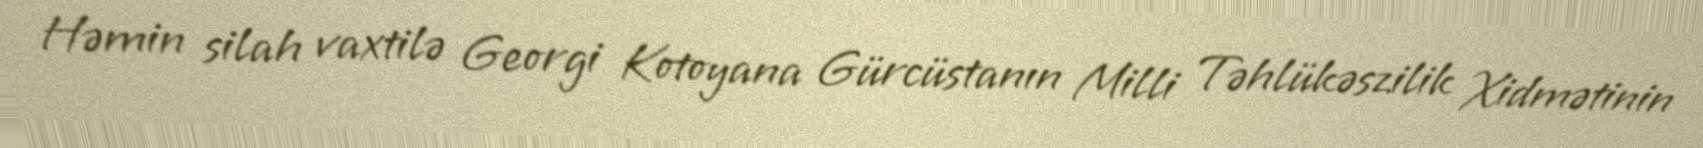
Həmin silah vaxtilə Georgi Kotoyana Gürcüstanın Milli Təhlükəszilik Xidmətinin